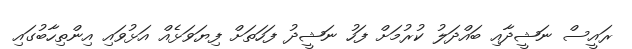
ރައީސް ނަޝީދާއި ބައްދަލު ކުރުމަށް ފަހު ނަޝީދު ފަހަތަށް ފިޔަވަޅެއް އަޅުވައި އިންތިހާބުގައި